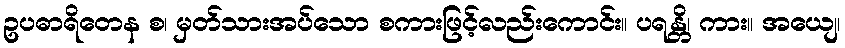
ဥပဓာရိတေန စ၊ မှတ်သားအပ်သော စကားဖြင့်လည်းကောင်း။ ပရန္တိ၊ ကား။ အယျေ၊